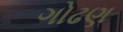
ગોઢણ